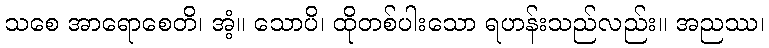
သစေ အာရောစေတိ၊ အံ့။ သောပိ၊ ထိုတစ်ပါးသော ရဟန်းသည်လည်း။ အညဿ၊